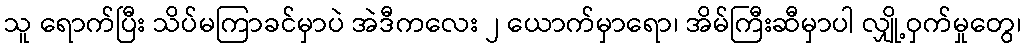
သူ ရောက်ပြီး သိပ်မကြာခင်မှာပဲ အဲဒီကလေး ၂ ယောက်မှာရော၊ အိမ်ကြီးဆီမှာပါ လျှို့ဝှက်မှုတွေ၊